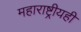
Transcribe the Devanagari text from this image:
महाराष्ट्रीयही